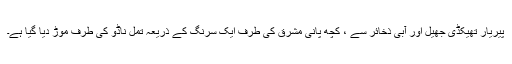
پیریار تھیکڈی جھیل اور آبی ذخائر سے ، کچھ پانی مشرق کی طرف ایک سرنگ کے ذریعہ تمل ناڈو کی طرف موڑ دیا گیا ہے۔